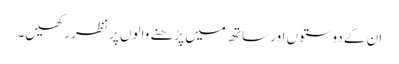
ان کے دوستوں اور ساتھ میں پڑھنے والوں پر نظر رکھیں۔